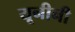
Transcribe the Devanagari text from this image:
यूनीनी